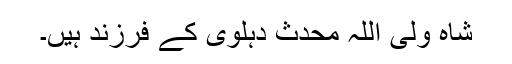
شاہ ولی اللہ محدث دہلوی کے فرزند ہیں۔